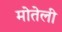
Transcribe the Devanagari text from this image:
मोतेली